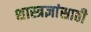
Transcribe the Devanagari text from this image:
शास्त्रज्ञांसाठी